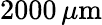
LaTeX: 2000\, \mu\mathrm{m}